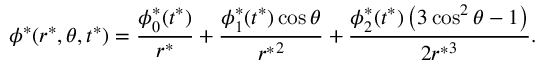
\phi ^ { * } ( r ^ { * } , \theta , t ^ { * } ) = \frac { \phi _ { 0 } ^ { * } ( t ^ { * } ) } { { r ^ { * } } } + \frac { \phi _ { 1 } ^ { * } ( t ^ { * } ) \cos \theta } { { r ^ { * } } ^ { 2 } } + \frac { \phi _ { 2 } ^ { * } ( t ^ { * } ) \left( 3 \cos ^ { 2 } \theta - 1 \right) } { 2 { r ^ { * } } ^ { 3 } } .